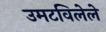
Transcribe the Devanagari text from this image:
उमटविलेले